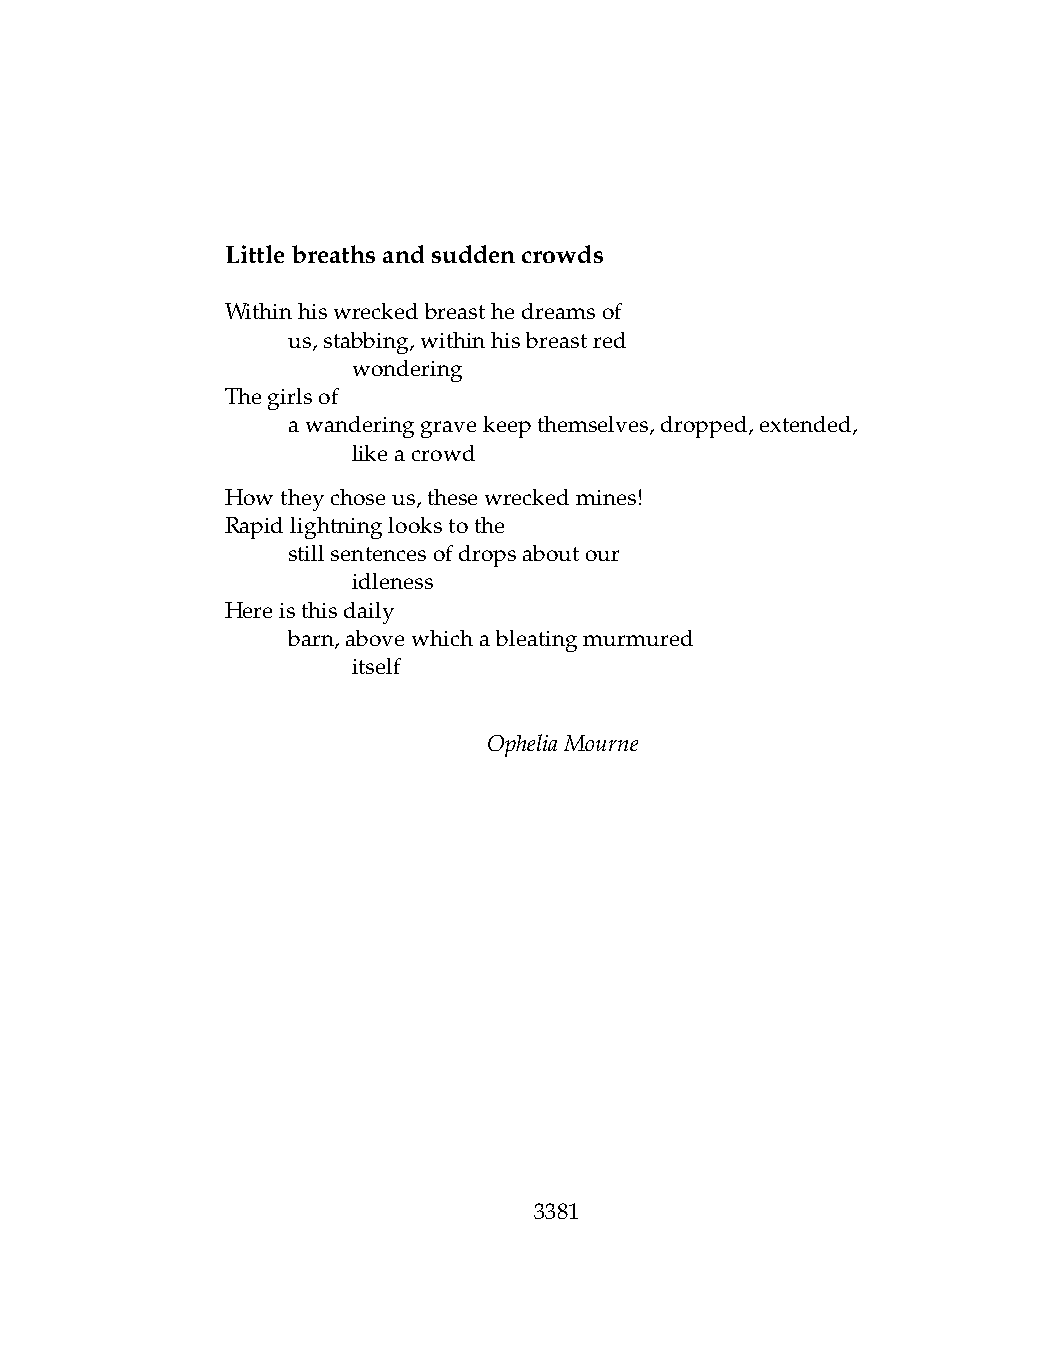
Littlebreathsandsuddencrowds
 Withinhiswreckedbreasthedreamsof
 .   us,stabbing,withinhisbreastred
 .   .   wondering
 Thegirlsof
 .   awanderinggravekeepthemselves,dropped,extended,
 .   .   likeacrowd
 Howtheychoseus,thesewreckedmines!
 Rapidlightninglookstothe
 .   stillsentencesofdropsaboutour
 .   .   idleness
 Hereisthisdaily
 .   barn,abovewhichableatingmurmured
 .   .   itself
 OpheliaMourne
 3381